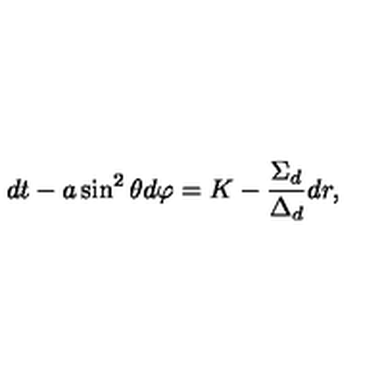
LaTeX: d t - a \sin ^ { 2 } \theta d \varphi = K - \frac { \Sigma _ { d } } { \Delta _ { d } } d r ,